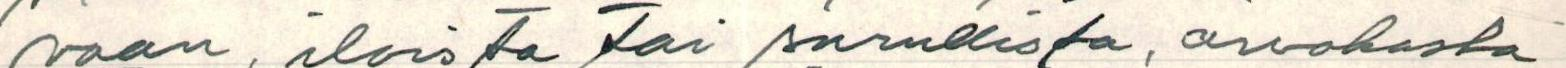
vaan, iloista tai surullista, arvokasta